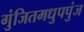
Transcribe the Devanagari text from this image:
गुंजितमधुपपुंज